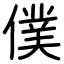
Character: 僕